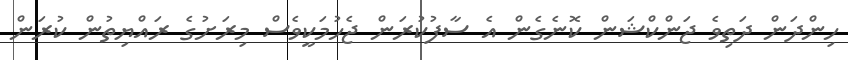
ހިންދަން ދަތިވެ ޖަންކްޝަން ކޮނެގެން އެ ސާފުކުރަން ޖެހުމަކީވެސް މިރަށުގެ ރައްޔިތުން ކުރަން